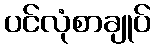
ပင်လုံစာချုပ်